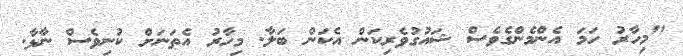
"މިހާރު ހަމަ އެންމެންގެވެސް ޝައުގުވެރިކަން އެކަން ބަލާ. މިހާރު އެތަނަށް ކުނިވެސް ނާޅާ.